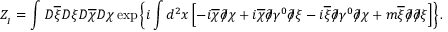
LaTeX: { \cal Z } _ { _ I } = \int D \overline { { { \xi } } } D \xi D \overline { { { \chi } } } D \chi \exp \left\{ i \int d ^ { 2 } x \left[ - i \overline { { { \chi } } } \partial \! \! \! / \chi + i \overline { { { \chi } } } \partial \! \! \! / \gamma ^ { 0 } \partial \! \! \! / \xi - i \overline { { { \xi } } } \partial \! \! \! / \gamma ^ { 0 } \partial \! \! \! / \chi + m \overline { { { \xi } } } \partial \! \! \! / \partial \! \! \! / \xi \right] \right\} .